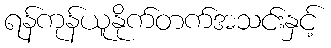
ရန်ကုန်ယူနိုက်တက်အသင်းနှင့်